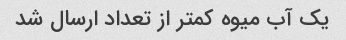
یک آب میوه کمتر از تعداد ارسال شد